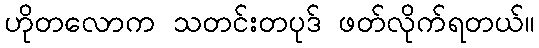
ဟိုတလောက သတင်းတပုဒ် ဖတ်လိုက်ရတယ်။